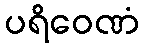
ပရိဝေဏံ